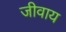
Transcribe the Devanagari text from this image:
जीवाय